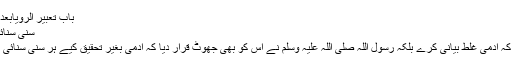
باب تعبیر الرویابعد صلاۃ الصبح 7047)
سنی سنائی بات آگے بیان کرنا:
جھوٹ صرف یہ نہیں کہ آدمی غلط بیانی کرے بلکہ رسول اللہ صلی اللہ علیہ وسلم نے اس کو بھی جھوٹ قرار دیا کہ آدمی بغیر تحقیق کیے ہر سنی سنائی بات آگے بیان کر دے۔